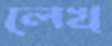
লেখ্‌